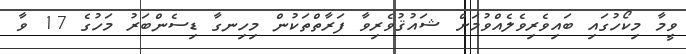
ވީމާ މިކޯހުގައި ބައިވެރިވެލެއްވުމަށް ޝައުޤުވެރިވާ ފަރާތްތަކުން މިހިނގާ ޑިސެންބަރު މަހުގެ 17 ވާ